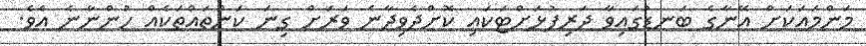
މަންމައަކަށް އޭނާގެ ބަނޑުގައިވާ ދަރިފުޅަށްޓަކައި ކޮށްދެވިދާނެ ވަރަށް ގިނަ ކަންތައްތަކެއް ހުންނާނެ އެވެ.